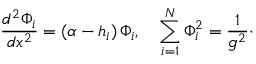
{ \frac { d ^ { 2 } \Phi _ { i } } { d x ^ { 2 } } } = ( \alpha - h _ { i } ) \, \Phi _ { i } , \quad \sum _ { i = 1 } ^ { N } \Phi _ { i } ^ { 2 } = { \frac { 1 } { g ^ { 2 } } } \cdotp